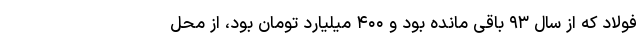
فولاد که از سال ۹۳ باقی مانده بود و ۴۰۰ میلیارد تومان بود، از محل